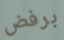
برفض